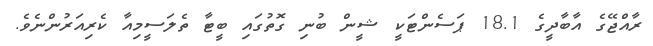
ރާއްޖޭގެ އާބާދީގެ 18.1 ޕަސެންޓަކީ ޝީން ބުނި ގޮތުގައި ބީޓާ ތެލަސީމިއާ ކެރިއަރުންނެވެ.